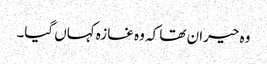
وہ حیران تھا کہ وہ غازہ کہاں گیا۔